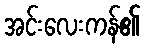
အင်းလေးကန်၏